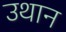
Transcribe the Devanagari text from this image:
उथान